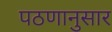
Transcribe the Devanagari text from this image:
पठणानुसार